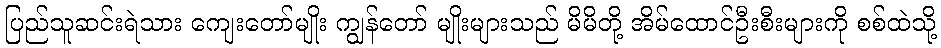
ပြည်သူဆင်းရဲသား ကျေးတော်မျိုး ကျွန်တော် မျိုးများသည် မိမိတို့ အိမ်ထောင်ဦးစီးများကို စစ်ထဲသို့